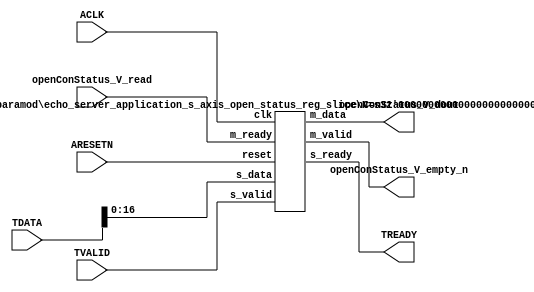
// This program was cloned from: https://github.com/mustafabbas/ECE1373_2016_hft_on_fpga
// License: MIT License

// ==============================================================
// File generated by Vivado(TM) HLS - High-Level Synthesis from C, C++ and SystemC
// Version: 2015.1
// Copyright (C) 2015 Xilinx Inc. All rights reserved.
// 
// ==============================================================


`timescale 1ns/1ps

module echo_server_application_s_axis_open_status_if (
    // AXI4-Stream singals
    input  wire        ACLK,
    input  wire        ARESETN,
    input  wire        TVALID,
    output wire        TREADY,
    input  wire [23:0] TDATA,
    // User signals
    output wire [16:0] openConStatus_V_dout,
    output wire        openConStatus_V_empty_n,
    input  wire        openConStatus_V_read
);
//------------------------Local signal-------------------
// register slice
wire [0:0]  s_valid;
wire [0:0]  s_ready;
wire [16:0] s_data;
wire [0:0]  m_valid;
wire [0:0]  m_ready;
wire [16:0] m_data;

//------------------------Instantiation------------------
// rs
echo_server_application_s_axis_open_status_reg_slice #(
    .N       ( 17 )
) rs (
    .clk     ( ACLK ),
    .reset   ( ARESETN ),
    .s_data  ( s_data ),
    .s_valid ( s_valid ),
    .s_ready ( s_ready ),
    .m_data  ( m_data ),
    .m_valid ( m_valid ),
    .m_ready ( m_ready )
);

//------------------------Body---------------------------
// AXI4-Stream
assign TREADY                  = s_ready;
// Register Slice
assign s_valid                 = TVALID;
assign m_ready                 = openConStatus_V_read;
assign s_data[16:0]            = TDATA[16:0];
// User Signal
assign openConStatus_V_empty_n = m_valid;
assign openConStatus_V_dout    = m_data;

endmodule



`timescale 1ns/1ps

module echo_server_application_s_axis_open_status_reg_slice
#(parameter
    N = 8   // data width
) (
    // system signals
    input  wire         clk,
    input  wire         reset,
    // slave side
    input  wire [N-1:0] s_data,
    input  wire         s_valid,
    output wire         s_ready,
    // master side
    output wire [N-1:0] m_data,
    output wire         m_valid,
    input  wire         m_ready
);
//------------------------Parameter----------------------
// state
localparam [1:0]
    ZERO = 2'b10,
    ONE  = 2'b11,
    TWO  = 2'b01;
//------------------------Local signal-------------------
reg  [N-1:0] data_p1;
reg  [N-1:0] data_p2;
wire         load_p1;
wire         load_p2;
wire         load_p1_from_p2;
reg          s_ready_t;
reg  [1:0]   state;
reg  [1:0]   next;
//------------------------Body---------------------------
assign s_ready = s_ready_t;
assign m_data  = data_p1;
assign m_valid = state[0];

assign load_p1 = (state == ZERO && s_valid) ||
                 (state == ONE && s_valid && m_ready) ||
                 (state == TWO && m_ready);
assign load_p2 = s_valid & s_ready;
assign load_p1_from_p2 = (state == TWO);

// data_p1
always @(posedge clk) begin
    if (load_p1) begin
        if (load_p1_from_p2)
            data_p1 <= data_p2;
        else
            data_p1 <= s_data;
    end
end

// data_p2
always @(posedge clk) begin
    if (load_p2) data_p2 <= s_data;
end

// s_ready_t
always @(posedge clk) begin
    if (~reset)
        s_ready_t <= 1'b0;
    else if (state == ZERO)
        s_ready_t <= 1'b1;
    else if (state == ONE && next == TWO)
        s_ready_t <= 1'b0;
    else if (state == TWO && next == ONE)
        s_ready_t <= 1'b1;
end

// state
always @(posedge clk) begin
    if (~reset)
        state <= ZERO;
    else
        state <= next;
end

// next
always @(*) begin
    case (state)
        ZERO:
            if (s_valid & s_ready)
                next = ONE;
            else
                next = ZERO;
        ONE:
            if (~s_valid & m_ready)
                next = ZERO;
            else if (s_valid & ~m_ready)
                next = TWO;
            else
                next = ONE;
        TWO:
            if (m_ready)
                next = ONE;
            else
                next = TWO;
        default:
            next = ZERO;
    endcase
end

endmodule